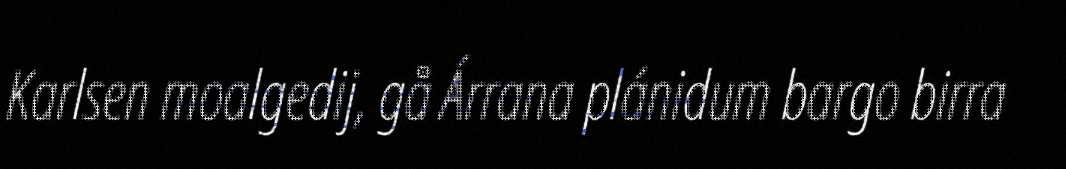
Karlsen moalgedij, gå Árrana plánidum bargo birra